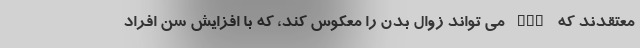
معتقدند که HGH می تواند زوال بدن را معکوس کند، که با افزایش سن افراد